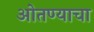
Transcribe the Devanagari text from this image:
ओतण्याचा